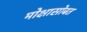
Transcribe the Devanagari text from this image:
मोक्षासोबत